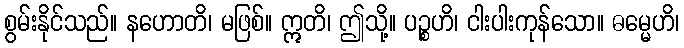
စွမ်းနိုင်သည်။ နဟောတိ၊ မဖြစ်။ ဣတိ၊ ဤသို့။ ပဉ္စဟိ၊ ငါးပါးကုန်သော။ ဓမ္မေဟိ၊